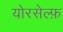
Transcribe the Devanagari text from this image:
योरसेल्फ़